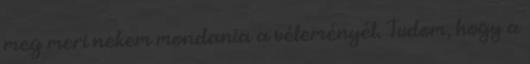
meg meri nekem mondania a véleményét. Tudom, hogy a